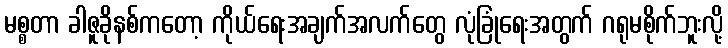
မစ္စတာ ခါဇူခိုနစ်ကတော့ ကိုယ်ရေးအချက်အလက်တွေ လုံခြုံရေးအတွက် ဂရုမစိုက်ဘူးလို့